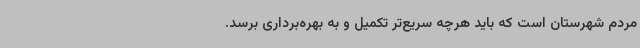
مردم شهرستان است که باید هرچه سریع‌تر تکمیل و به بهره‌برداری برسد.